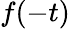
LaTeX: f(-t)